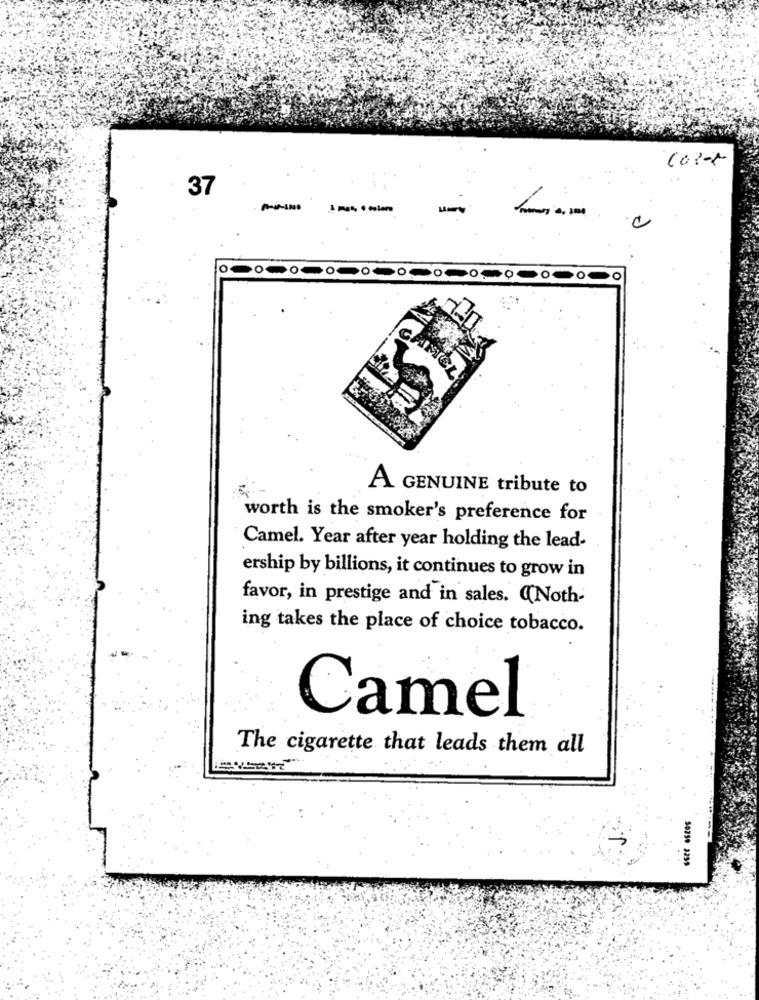
37
-
CAME
A GENUINE tribute to
worth is the smoker's preference for
Camel. Year after year holding the lead-
ership by billions, it continues to grow in
favor, in prestige and in sales. "Noth-
ing takes the place of choice tobacco.
Camel
The cigarette that leads them all
50259 3235